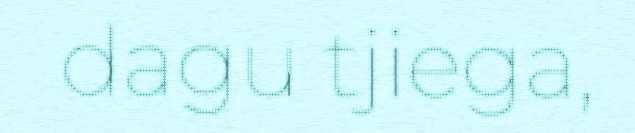
dagu tjiega,